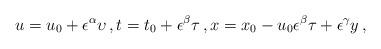
LaTeX: \begin{align*} u= u_0 +\epsilon^\alpha {\upsilon}\, , t= t_0 +\epsilon^\beta {\tau}\, , x= x_0 -u_0 \epsilon^\beta {\tau}+\epsilon^\gamma {{y}}\, ,\end{align*}